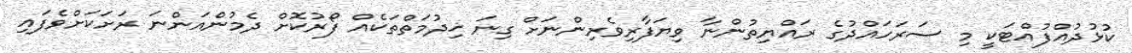
ކުޅުދުއްފުއްޓަކީ މި ސަރަހައްދުގެ ރައްޔިތުންނާ ވިޔަފާރިވެރިންނަށް ގިނަ ޚިދުމަތްތަކެއް ފޯރުކޮށް ދެމުންއަންނަ ރަށަކަށްވެފައި